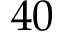
4 0